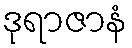
ဒုရာဇာနံ